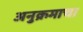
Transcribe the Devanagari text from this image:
अनुक्रमाचा